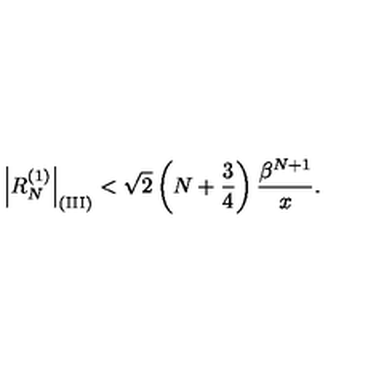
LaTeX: \left| R _ { N } ^ { ( 1 ) } \right| _ { \mathrm { ( I I I ) } } < \sqrt { 2 } \left( N + { \frac { 3 } { 4 } } \right) { \frac { \beta ^ { N + 1 } } { x } } .